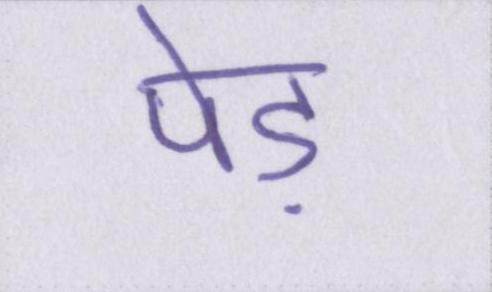
पेड़